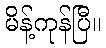
မိန့်ကုန်ပြီ။